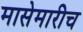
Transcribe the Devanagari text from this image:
मासेमारीच